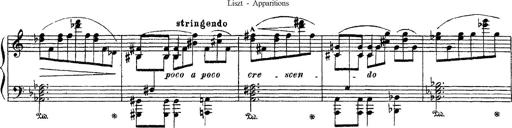
Title: Apparitions
Composer: Franz Liszt